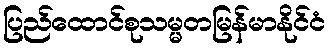
ပြည်ထောင်စုသမ္မတမြန်မာနိုင်ငံ